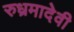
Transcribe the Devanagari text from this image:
रुध्रमादेवी